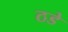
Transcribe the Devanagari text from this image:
ठडे